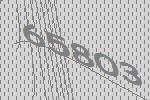
65803